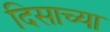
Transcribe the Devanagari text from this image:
दिसाच्या